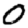
Digit: 0